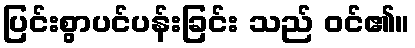
ပြင်းစွာပင်ပန်းခြင်း သည် ဝင်၏။